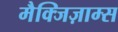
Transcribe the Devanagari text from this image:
मैक्जिज़ाम्स